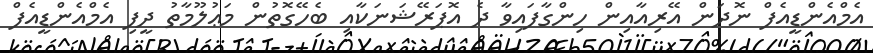
އެމްއެންޑީއެފް ނޮދަން އޭރިއާއިން ހިންގާފައިވާ ދެ އޮޕަރޭޝަނަކާއި ބެހޭގޮތުން މަޢުލޫމާތު ދީފި އެމްއެންޑީއެފް